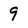
Character: 9